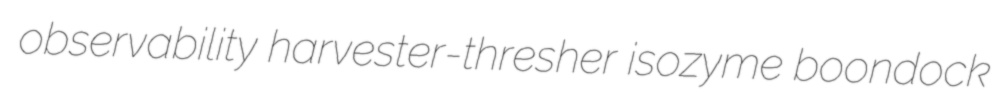
observability harvester-thresher isozyme boondock